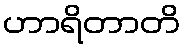
ဟာရိတာတိ